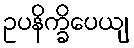
ဥပနိက္ခိပေယျ